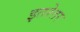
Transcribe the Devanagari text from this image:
इतरेतर